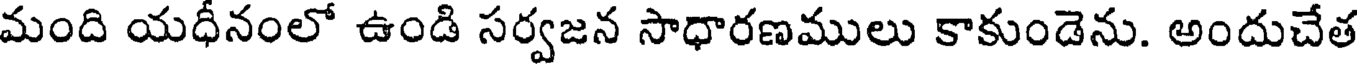
మంది యధీనంలో ఉండి సర్వజన సాధారణములు కాకుండెను. అందుచేత